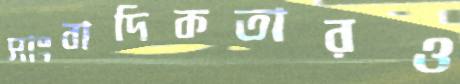
সাংবাদিকতারও